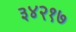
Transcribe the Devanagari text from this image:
३४२१७